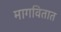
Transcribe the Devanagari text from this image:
मागवितात